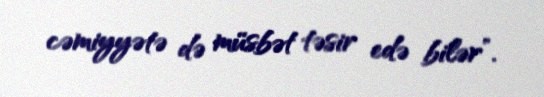
cəmiyyətə də müsbət təsir edə bilər”.